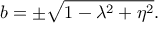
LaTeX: b = \pm \sqrt { 1 - \lambda ^ { 2 } + \eta ^ { 2 } } .